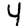
Digit: 4